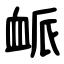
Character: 衇